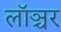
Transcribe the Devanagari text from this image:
लॉञ्चर